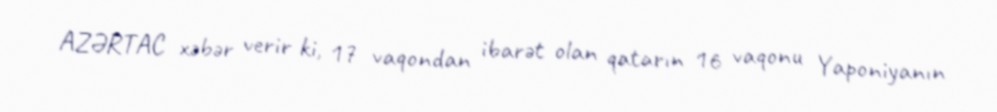
AZƏRTAC xəbər verir ki, 17 vaqondan ibarət olan qatarın 16 vaqonu Yaponiyanın